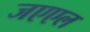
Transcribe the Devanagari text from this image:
जएएल